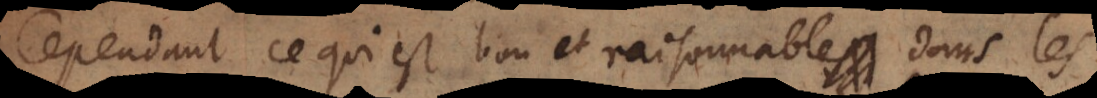
Cependant ce qui est bon et raisonnable dans les